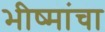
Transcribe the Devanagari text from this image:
भीष्मांचा